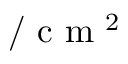
/ \mathrm { ~ c ~ m ~ } ^ { 2 }